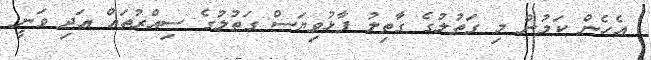
އެހެން ކަމުން މި ގަތުލުގެ ގާތިލު ފާޅުވިޔަސް ގަތުލުގެ ސިއްރުތައް އަދި ވަނީ